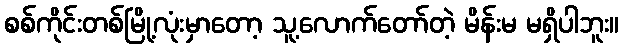
စစ်ကိုင်းတစ်မြို့လုံးမှာတော့ သူ့လောက်တော်တဲ့ မိန်းမ မရှိပါဘူး။